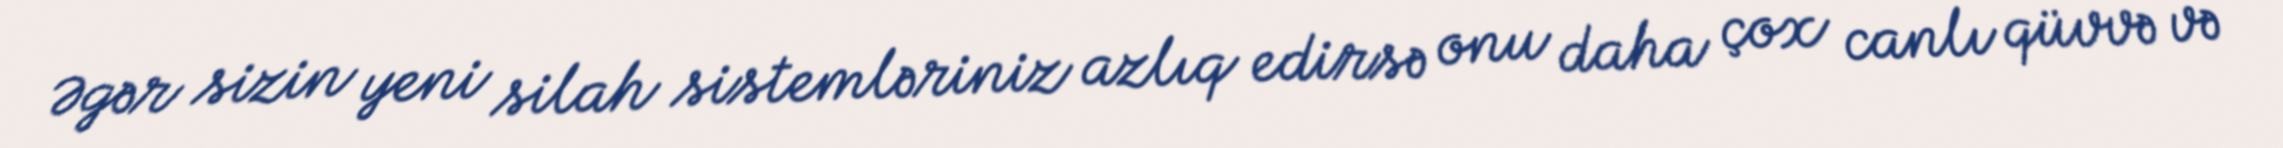
Əgər sizin yeni silah sistemləriniz azlıq edirsə onu daha çox canlı qüvvə və